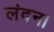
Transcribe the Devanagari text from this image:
लंदन।